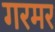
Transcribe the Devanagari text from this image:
गरमर